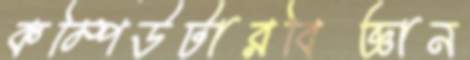
কম্পিউটারবিজ্ঞান